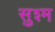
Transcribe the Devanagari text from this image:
सुश्म